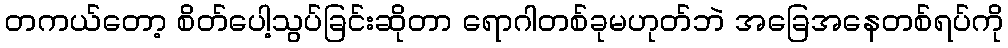
တကယ်တော့ စိတ်ပေါ့သွပ်ခြင်းဆိုတာ ရောဂါတစ်ခုမဟုတ်ဘဲ အခြေအနေတစ်ရပ်ကို